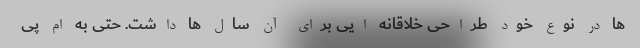
ها در نوع خود طراحی خلاقانه ایی برای آن سال ها داشت. حتی به ام پی